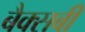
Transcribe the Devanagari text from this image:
बैक्सबी